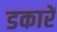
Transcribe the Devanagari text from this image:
डकारें